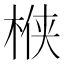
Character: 㮉